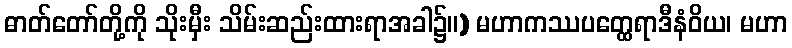
ဓာတ်တော်တို့ကို သိုးမှီး သိမ်းဆည်းထားရာအခါ၌။) မဟာကဿပတ္ထေရာဒီနံဝိယ၊ မဟာ